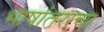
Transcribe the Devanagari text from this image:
भाषांतराचा